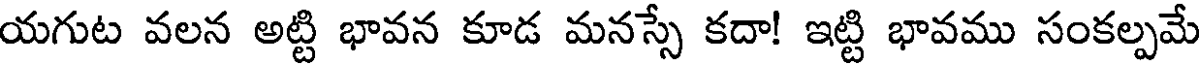
యగుట వలన అట్టి భావన కూడ మనస్సే కదా! ఇట్టి భావము సంకల్పమే